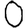
Digit: 0